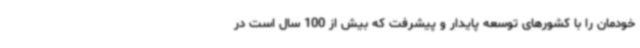
خودمان را با کشورهای توسعه پایدار و پیشرفت که بیش از 100 سال است در